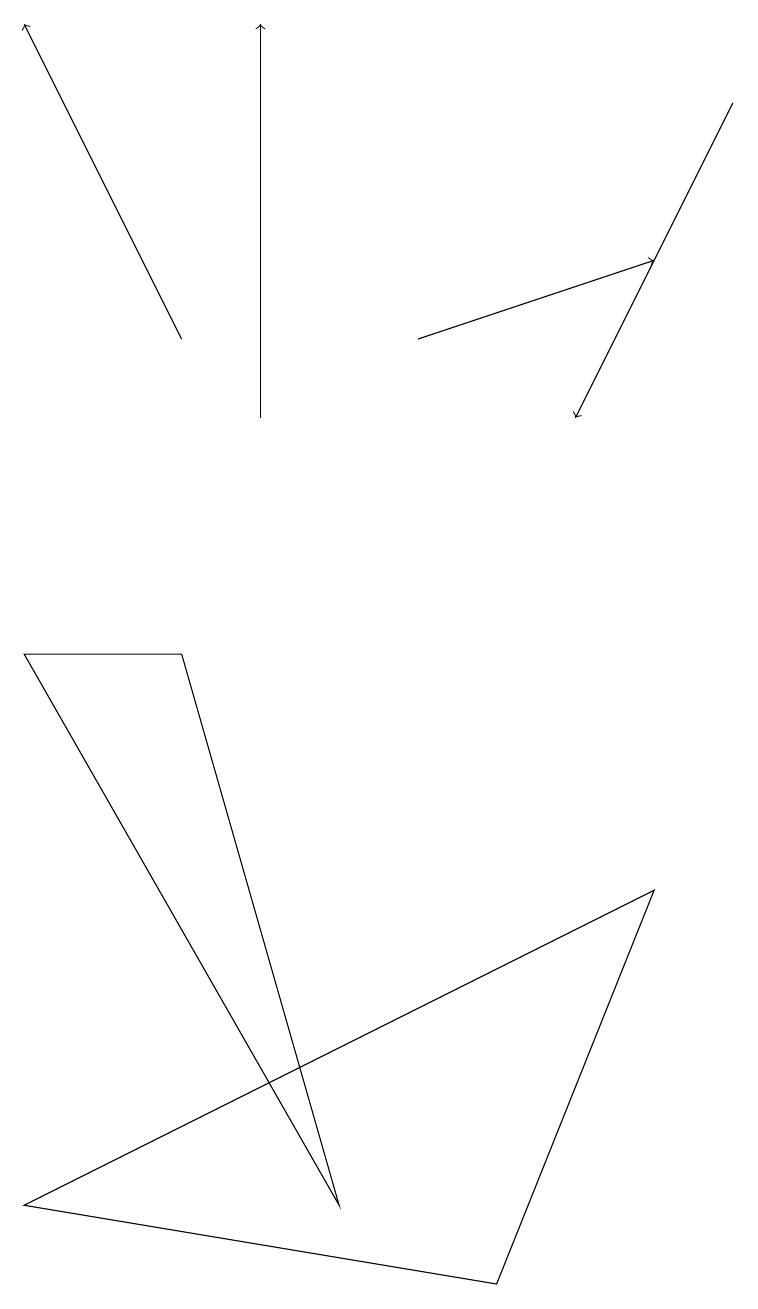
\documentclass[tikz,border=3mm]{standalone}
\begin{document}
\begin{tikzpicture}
\draw[->] (5,13) -- (8,14);
\draw (4,2) -- (0,9) -- (2,9) -- cycle;
\draw (0,2) -- (6,1) -- (8,6) -- cycle;
\draw[->] (9,16) -- (7,12);
\draw[->] (3,12) -- (3,17);
\draw[->] (2,13) -- (0,17);
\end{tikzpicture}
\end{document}